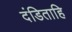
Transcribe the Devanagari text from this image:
दंडिताहि